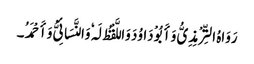
رَوَاہُ التِّرْمِذِیُّ وَأَبُوْ دَاوُدَ وَاللَّفْظُ لَہٗ وَالنَّسَائِیُّ وَأَحْمَدُ۔